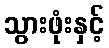
သွားဖုံးနှင့်